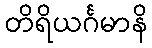
တိရိယင်္ဂမာနိ